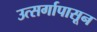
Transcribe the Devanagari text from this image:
उत्सर्गापासून